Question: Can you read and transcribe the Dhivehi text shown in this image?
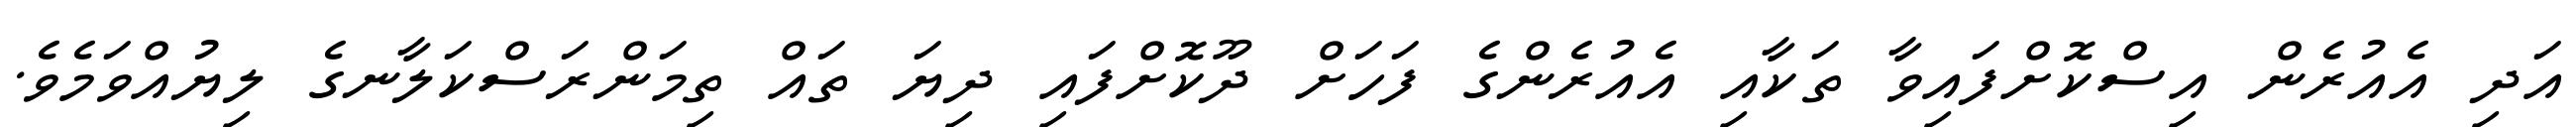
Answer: އަދި އެއުރެން އިސްކޮށްފައިވާ ތަކާއި އެއުރެންގެ ފަހަށް ދޫކޮށްފައި ދިޔަ ތައް ތިމަންރަސްކަލާނގެ ލިޔުއްވަމެވެ.